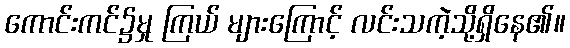
ကောင်းကင်၌မှု ကြယ် များကြောင့် လင်းသကဲ့သို့ရှိနေ၏။